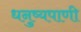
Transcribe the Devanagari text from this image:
धनुष्यपाणी